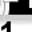
Digit: 1